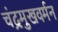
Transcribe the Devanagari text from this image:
चंद्रमुखवर्मन